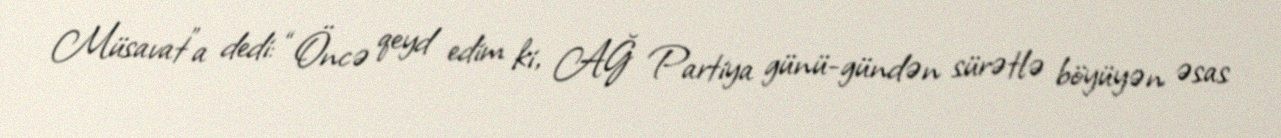
Müsavat”a dedi: “Öncə qeyd edim ki, AĞ Partiya günü-gündən sürətlə böyüyən əsas